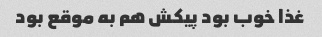
غذا خوب بود پیکش هم به موقع بود